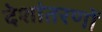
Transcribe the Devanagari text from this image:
देशांतरणों